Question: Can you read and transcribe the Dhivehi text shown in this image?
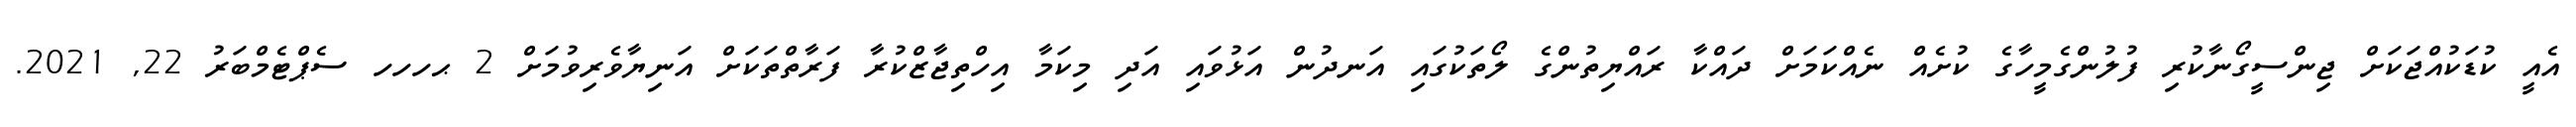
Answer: އެއީ ކުޑަކުއްޖަކަށް ޖިންސީގޯނާކުރި ފުލުންގެމީހާގެ ކުށެއް ނެއްކަމަށް ދައްކާ ރައްޔިތުންގެ ލޯތަކުގައި އަނދުން އަޅުވައި އަދި މިކަމާ އިހްތިޖާޒްކުރާ ފަރާތްތަކަށް އަނިޔާވެރިވުމަށް 2 ޙހހހ ސެޕްޓެމްބަރު 22, 2021.